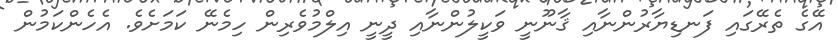
އޭގެ ތެރޭގައި ފަނޑިޔާރުންނާއި ޤާނޫނީ ވަކީލުންނާއި ދީނީ އިލްމުވެރިން ހިމެނޭ ކަމަށެވެ. އެހެންކަމުން